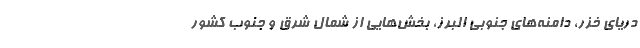
دریای خزر، دامنه‌های جنوبی البرز، بخش‌هایی از شمال شرق و جنوب کشور